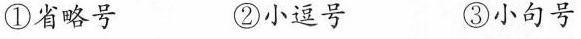
①省略号 ②小逗号 ③小句号